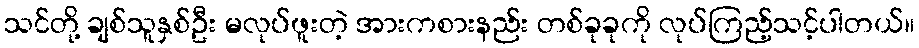
သင်တို့ ချစ်သူနှစ်ဦး မလုပ်ဖူးတဲ့ အားကစားနည်း တစ်ခုခုကို လုပ်ကြည့်သင့်ပါတယ်။